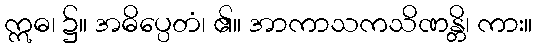
ဣဓ၊ ၌။ အဓိပ္ပေတံ၊ ၏။ အာကာသကသိဏန္တိ၊ ကား။